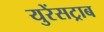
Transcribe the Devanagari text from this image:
युरेंसट्राब